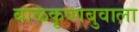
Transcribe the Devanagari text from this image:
बाळकृष्णबुवाला